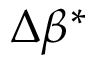
\Delta \beta ^ { * }